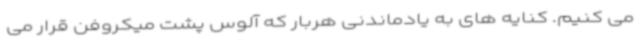
می کنیم. کنایه های به یادماندنی هربار که آلوس پشت میکروفن قرار می